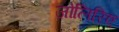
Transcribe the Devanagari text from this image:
जोलिरिए